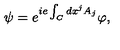
\psi = e ^ { i e \int _ { C } d x ^ { j } A _ { j } } \varphi ,